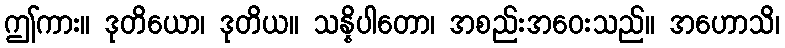
ဤကား။ ဒုတိယော၊ ဒုတိယ။ သန္နိပါတော၊ အစည်းအဝေးသည်။ အဟောသိ၊